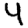
Digit: 4